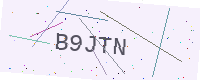
Text: B9JTN